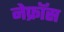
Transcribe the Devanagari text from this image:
नेफ्रॉस